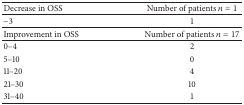
<table><thead><tr><td><b>Decrease in OSS</b></td><td><b>Number of patients <i>n</i> = 1</b></td></tr></thead><tbody><tr><td>−3</td><td>1</td></tr><tr><td>Improvement in OSS</td><td>Number of patients <i>n</i> = 17</td></tr><tr><td>0–4</td><td>2</td></tr><tr><td>5–10</td><td>0</td></tr><tr><td>11–20</td><td>4</td></tr><tr><td>21–30</td><td>10</td></tr><tr><td>31–40</td><td>1</td></tr></tbody></table>